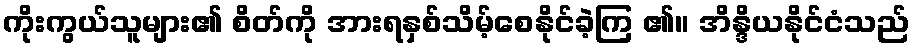
ကိုးကွယ်သူများ၏ စိတ်ကို အားရနှစ်သိမ့်စေနိုင်ခဲ့ကြ ၏။ အိန္ဒိယနိုင်ငံသည်